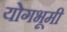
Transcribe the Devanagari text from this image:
योगभूमी